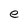
Character: e